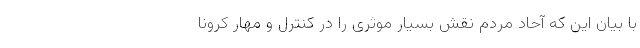
با بیان این که آحاد مردم نقش بسیار موثری را در کنترل و مهار کرونا